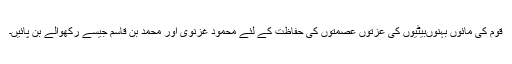
قوم کی مائوں بہنوںبیٹیوں کی عزتوں عصمتوں کی حفاظت کے لئے محمود غزنوی اور محمد بن قاسم جیسے رکھوالے بن پائیں۔